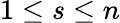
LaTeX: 1\leq s\leq n